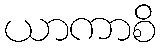
ယာကာစိ